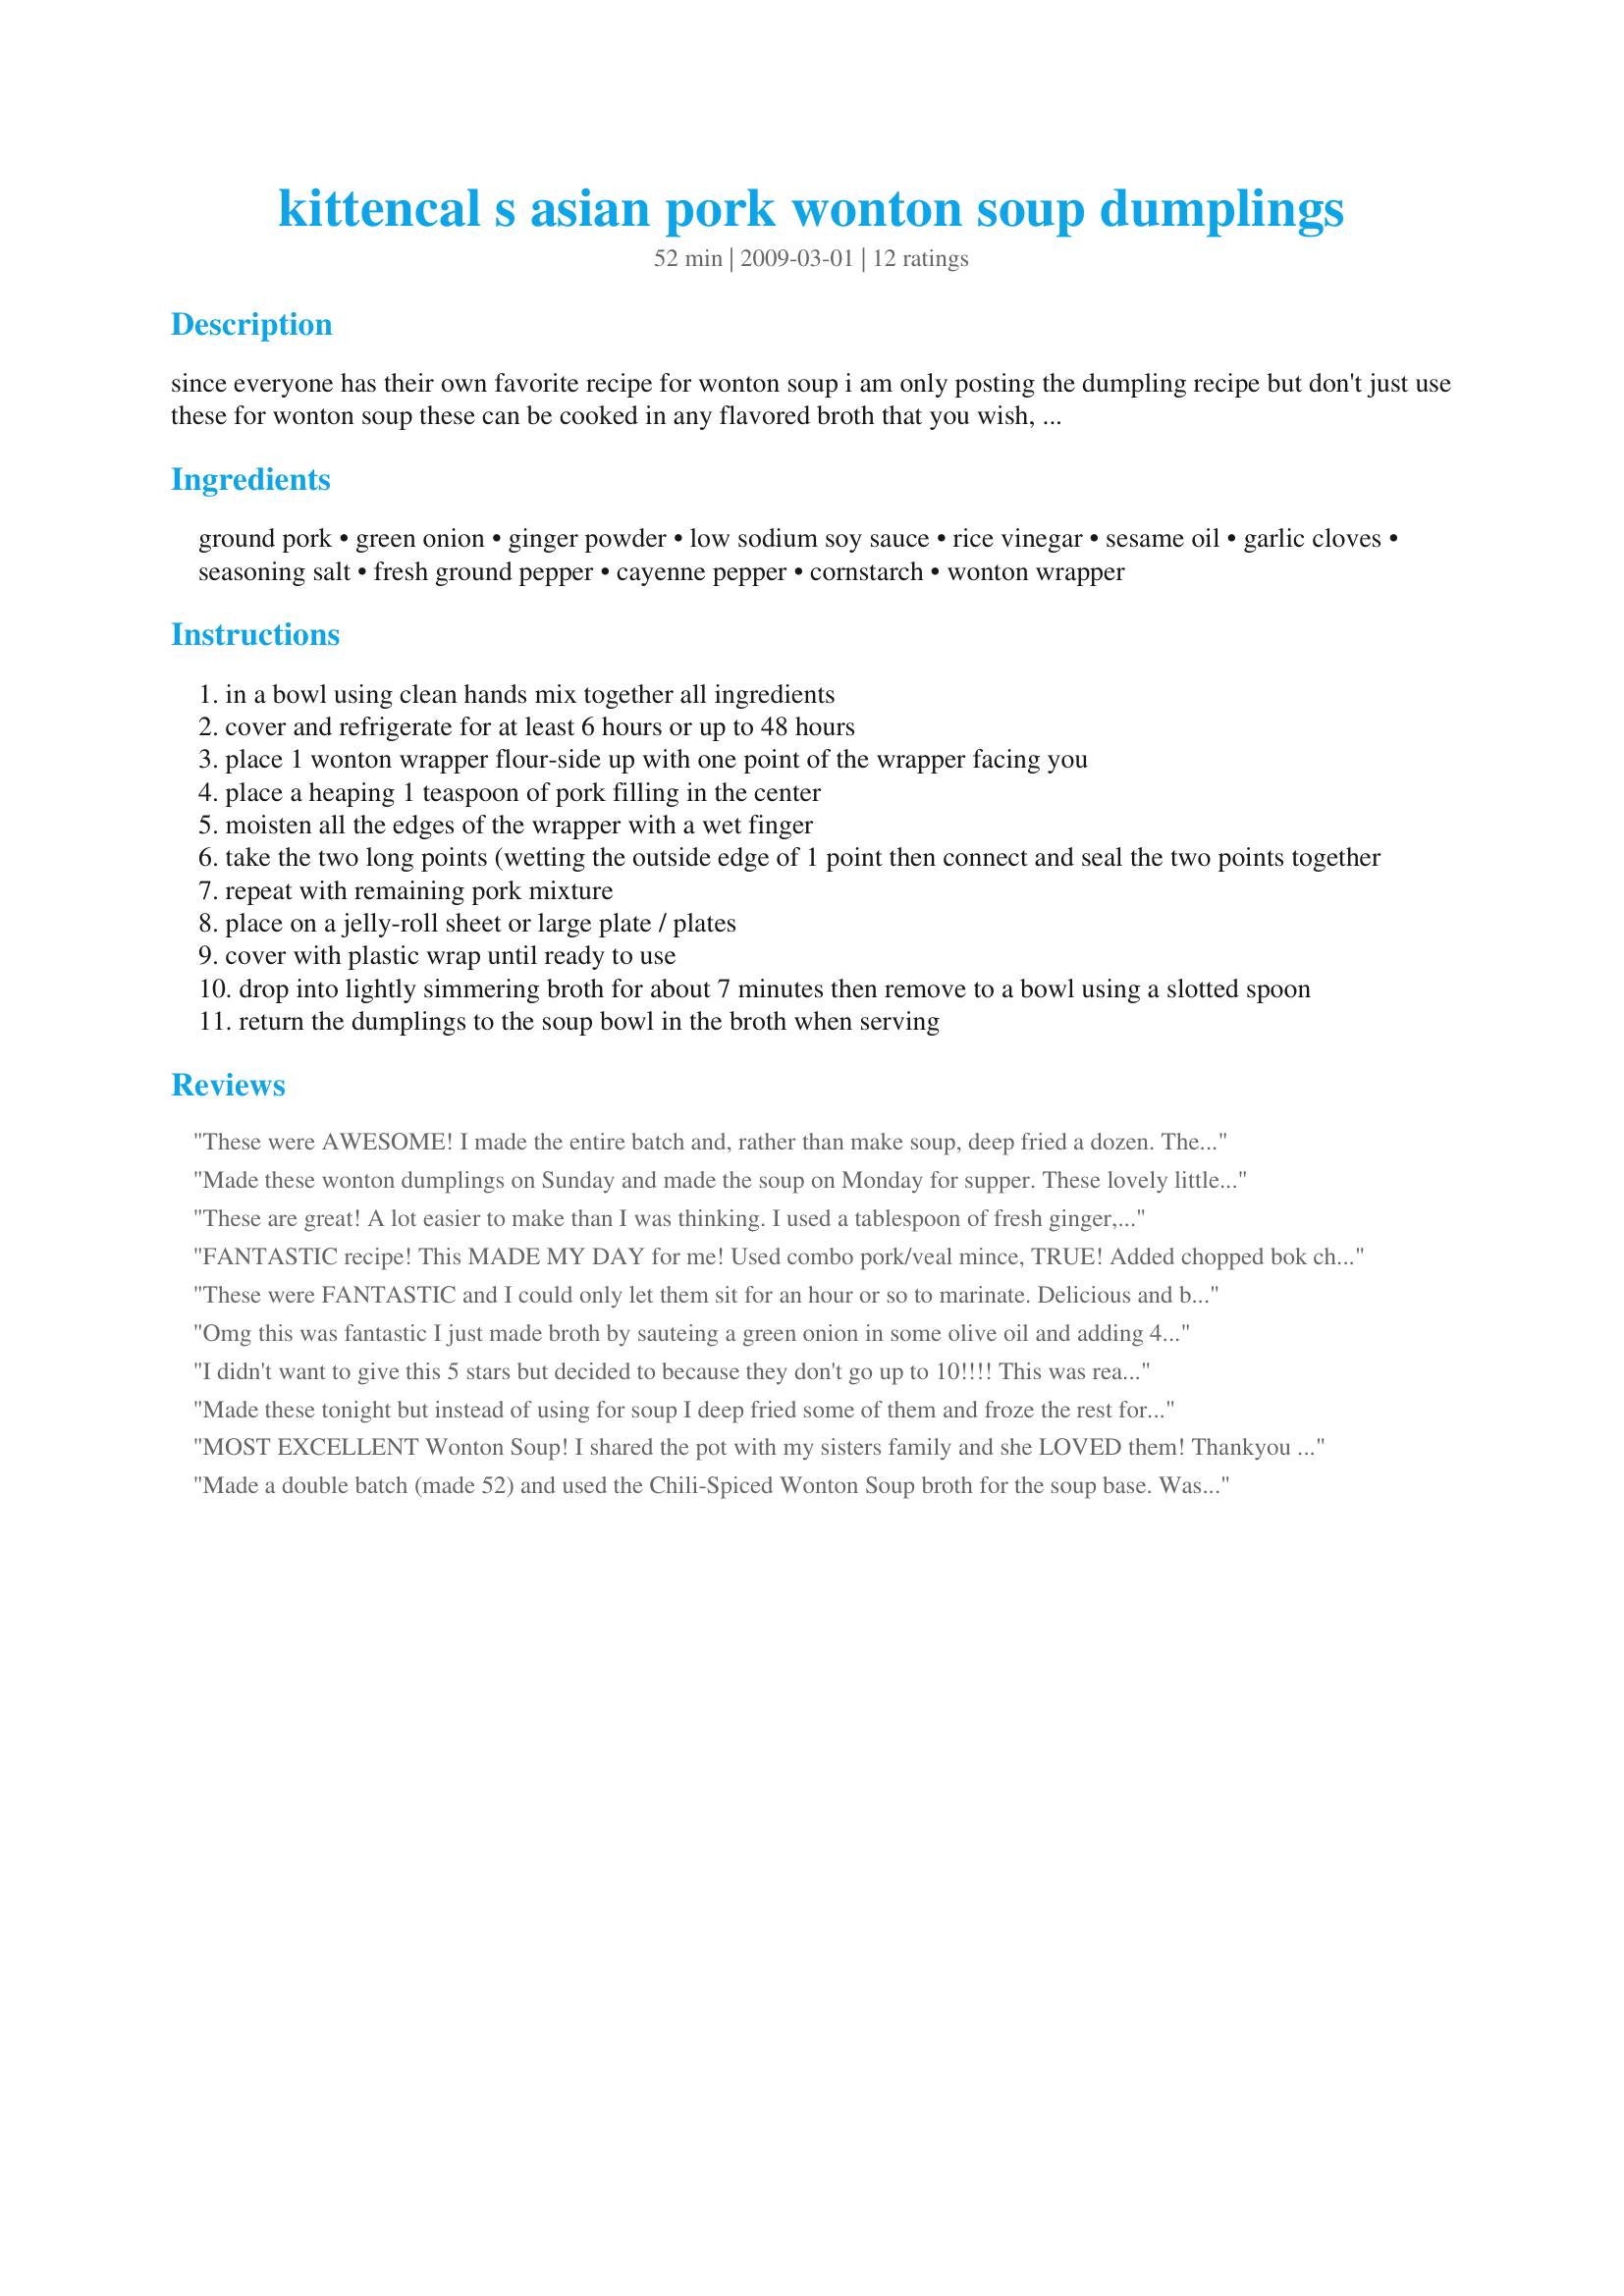
kittencal s asian pork wonton soup dumplings
Preparation time: 52 minutes

since everyone has their own favorite recipe for wonton soup i am only posting the dumpling recipe but don't just use these for wonton soup these can be cooked in any flavored broth that you wish, or the cooked dumplings may be served on the side with gravy from a stew just make certain that you cook them first in boiling water --- i usually get about 35-40 dumplings, use as many as desired and freeze the rest to use another time, just drop from the frozen state into simmering broth --- i make mine in "nurse's hat" shapes you may make them into whatever shape you like, i also like to add in some cayenne pepper for heat ---these are just as good if not better than any asian restaurant, they are very easy to make, very addicting and you will be making them all the time!

Ingredients:
ground pork, green onion, ginger powder, low sodium soy sauce, rice vinegar, sesame oil, garlic cloves, seasoning salt, fresh ground pepper, cayenne pepper, cornstarch, wonton wrapper

Steps:
in a bowl using clean hands mix together all ingredients
cover and refrigerate for at least 6 hours or up to 48 hours
place 1 wonton wrapper flour-side up with one point of the wrapper facing you
place a heaping 1 teaspoon of pork filling in the center
moisten all the edges of the wrapper with a wet finger
take the two long points (wetting the outside edge of 1 point then connect and seal the two points together
repeat with remaining pork mixture
place on a jelly-roll sheet or large plate / plates
cover with plastic wrap until ready to use
drop into lightly simmering broth for about 7 minutes then remove to a bowl using a slotted spoon
return the dumplings to the soup bowl in the broth when serving

Reviews:
These were AWESOME! I made the entire batch and, rather than make soup, deep fried a dozen. Then I spread the rest on a cookie sheet and froze them until firm and packed them in batches of a dozen in bags. They're great to whip out and deep fry for a quick and easy nosh, rather than in a soup. No thawing required. Thanks!
Made these wonton dumplings on Sunday and made the soup on Monday for supper. These lovely little dumplings were so delicious. I made 41 of them. But my DD got her fingers into them before I could package them up and freeze. This time I am freezing them separate to the broth. I mixed a little bit of veal with the pork. I used regular soy sauce because that is all I have in my fridge. Everything else was the same as you have written. Thank you so much for another one of your fantastic recipes. Even my DD says thank you.
These are great! A lot easier to make than I was thinking. I used a tablespoon of fresh ginger, and next time I would use half that amount, I would also double the green onion. For the broth I used 6 cups of Better Than Bouillon and added a half a pinch of cinnamon. I also steamed some of the wontons with my vegetable steamer and then browned them in a tablespoon of olive oil, they turned out very well! My husband thinks they're better than the Chinese restaurant he orders his wonton soup from!
FANTASTIC recipe!
This MADE MY DAY for me!
Used combo pork/veal mince, TRUE!
Added chopped bok choy to seap in at the end too!
DEFINATELY witches hats is the way to go!
"VERY addicting" like the posting chef said too!
Thanks!
These were FANTASTIC and I could only let them sit for an hour or so to marinate. Delicious and better tasting than take out! I followed the recipe exactly and the seasoning was perfect. This made an entire package of wrappers for me.Thanks for posting....
Omg this was fantastic I just made broth by sauteing a green onion in some olive oil <br/>and adding 4 cups of broth made with better than bouillon.<br/>I still need practice making wontons.
I didn't want to give this 5 stars but decided to because they don't go up to 10!!!! This was really terrific and I am on my second bowl. I used fresh ginger and regular soy sauce and the wontons are fabulous. I used about 2 teaspoons in each one and made 35. Also, I used Knorr wonton broth (not too much - it's fishy) and chicken broth to cook them in and even though they are bigger, they were cooked perfectly after 7 minutes. Thanks yet again for another great recipe!
Made these tonight but instead of using for soup I deep fried some of them and froze the rest for later. I didn't have pork on hand so I used ground turkey. Nice and tasty.
MOST EXCELLENT Wonton Soup! I shared the pot with my sisters family and she LOVED them! Thankyou for posting this great recipe Kittencalskitchen! I will be making this often!
Made a double batch (made 52) and used the Chili-Spiced Wonton Soup broth for the soup base. Was delicious!
Thanks for another great recipe! 
I am addicted to chinese take-out so was hoping to find a way to get my fix without calling for delivery. These wonton's were soooo good! I let mine marinate for 24 hours. I could only find eggroll wrappers so I just cut the sheets in four...came out fine! This time I only used the pork...next time I will try a pork/veal combo (just to taste the difference). Thanks again!!!
I have never made these, as they intimidated me! Hey, I'm not perfect, I'll admit it! But they were so easy! I forgot to count, but it made a lot! As susggested, I froze some. I added some water chestnuts, almost minced, to the ingredients just for that crunch. I made a simple chicken broth with the green onions,five-spice powder, soy sauce, and I added some slices of fennel which greatly kicked up the broth. These are fabulous! Made for Chef's Pick at KK.
